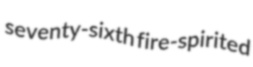
seventy-sixth fire-spirited